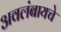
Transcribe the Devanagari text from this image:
अवलंबायचे